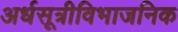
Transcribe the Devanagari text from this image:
अर्धसूत्रीविभाजनिक